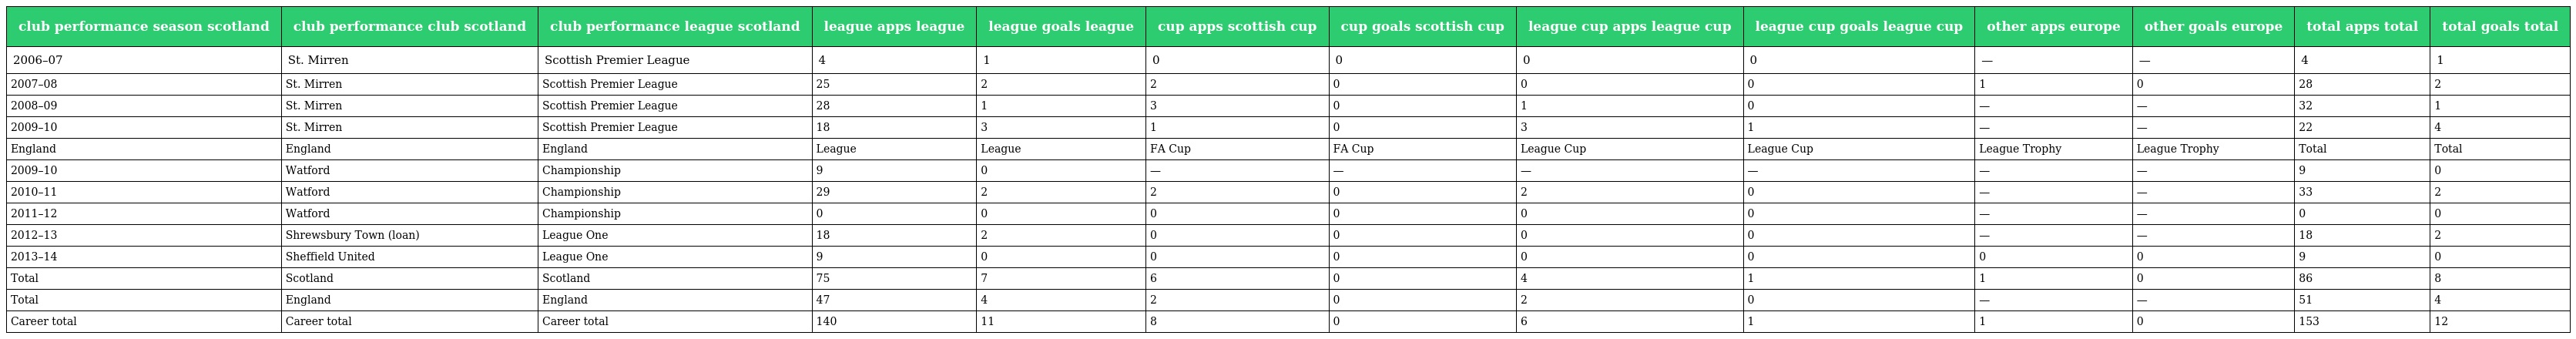
| club performance season scotland | club performance club scotland | club performance league scotland | league apps league | league goals league | cup apps scottish cup | cup goals scottish cup | league cup apps league cup | league cup goals league cup | other apps europe | other goals europe | total apps total | total goals total |
 | --- | --- | --- | --- | --- | --- | --- | --- | --- | --- | --- | --- | --- |
 | 2006–07 | St. Mirren | Scottish Premier League | 4 | 1 | 0 | 0 | 0 | 0 | — | — | 4 | 1 |
 | 2007–08 | St. Mirren | Scottish Premier League | 25 | 2 | 2 | 0 | 0 | 0 | 1 | 0 | 28 | 2 |
 | 2008–09 | St. Mirren | Scottish Premier League | 28 | 1 | 3 | 0 | 1 | 0 | — | — | 32 | 1 |
 | 2009–10 | St. Mirren | Scottish Premier League | 18 | 3 | 1 | 0 | 3 | 1 | — | — | 22 | 4 |
 | England | England | England | League | League | FA Cup | FA Cup | League Cup | League Cup | League Trophy | League Trophy | Total | Total |
 | 2009–10 | Watford | Championship | 9 | 0 | — | — | — | — | — | — | 9 | 0 |
 | 2010–11 | Watford | Championship | 29 | 2 | 2 | 0 | 2 | 0 | — | — | 33 | 2 |
 | 2011–12 | Watford | Championship | 0 | 0 | 0 | 0 | 0 | 0 | — | — | 0 | 0 |
 | 2012–13 | Shrewsbury Town (loan) | League One | 18 | 2 | 0 | 0 | 0 | 0 | — | — | 18 | 2 |
 | 2013–14 | Sheffield United | League One | 9 | 0 | 0 | 0 | 0 | 0 | 0 | 0 | 9 | 0 |
 | Total | Scotland | Scotland | 75 | 7 | 6 | 0 | 4 | 1 | 1 | 0 | 86 | 8 |
 | Total | England | England | 47 | 4 | 2 | 0 | 2 | 0 | — | — | 51 | 4 |
 | Career total | Career total | Career total | 140 | 11 | 8 | 0 | 6 | 1 | 1 | 0 | 153 | 12 |